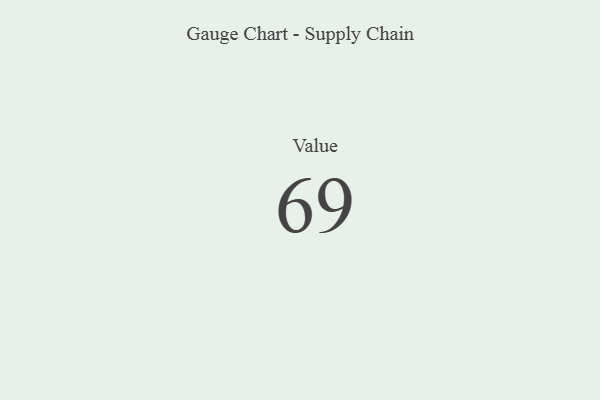
{"axis": {"x": "Metric", "y": "Value"}, "legend": [""], "data": [{"x": "Value", "y": 69, "type": ""}]}